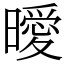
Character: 曖